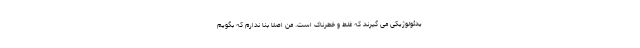
یدئولوژیکی می گیرند که غلط و خطرناک است. من اصلا بنا ندارم که بگویم